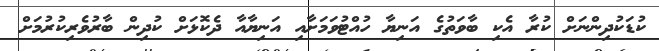
ކުޑަކުދިންނަށް ކުރާ އެކި ބާވަތުގެ އަނިޔާ ހުއްޓުވަމަށާއި އަނިޔާއާ ދެކޮޅަށް ކުދިން ބާރުވެރިކުރުމަށް